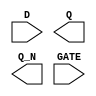
module sky130_fd_sc_lp__dlxbp (
    //# {{data|Data Signals}}
    input  D   ,
    output Q   ,
    output Q_N ,

    //# {{clocks|Clocking}}
    input  GATE
);

    // Voltage supply signals
    supply1 VPWR;
    supply0 VGND;
    supply1 VPB ;
    supply0 VNB ;

endmodule